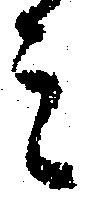
ミ